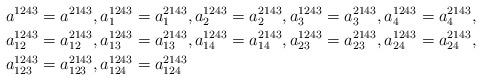
LaTeX: \begin{align*}a^{1243} & =a^{2143},a_{1}^{1243}=a_{1}^{2143},a_{2}^{1243}=a_{2}^{2143},a_{3}^{1243}=a_{3}^{2143},a_{4}^{1243}=a_{4}^{2143},\\a_{12}^{1243} & =a_{12}^{2143},a_{13}^{1243}=a_{13}^{2143},a_{14}^{1243}=a_{14}^{2143},a_{23}^{1243}=a_{23}^{2143},a_{24}^{1243}=a_{24}^{2143},\\a_{123}^{1243} & =a_{123}^{2143},a_{124}^{1243}=a_{124}^{2143}\end{align*}